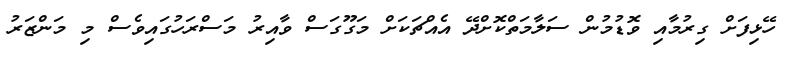
ހޭޅިފަށް ގިރުމާއި ވޮޑުމުން ސަލާމަތްކޮށްދޭ އެއްޗަކަށް މަގޫގަސް ވާއިރު މަސްރަހުގައިވެސް މި މަންޒަރު